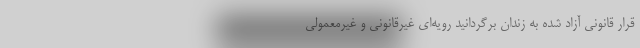
قرار قانونی آزاد شده به زندان برگردانید رویه‌ای غیرقانونی و غیرمعمولی